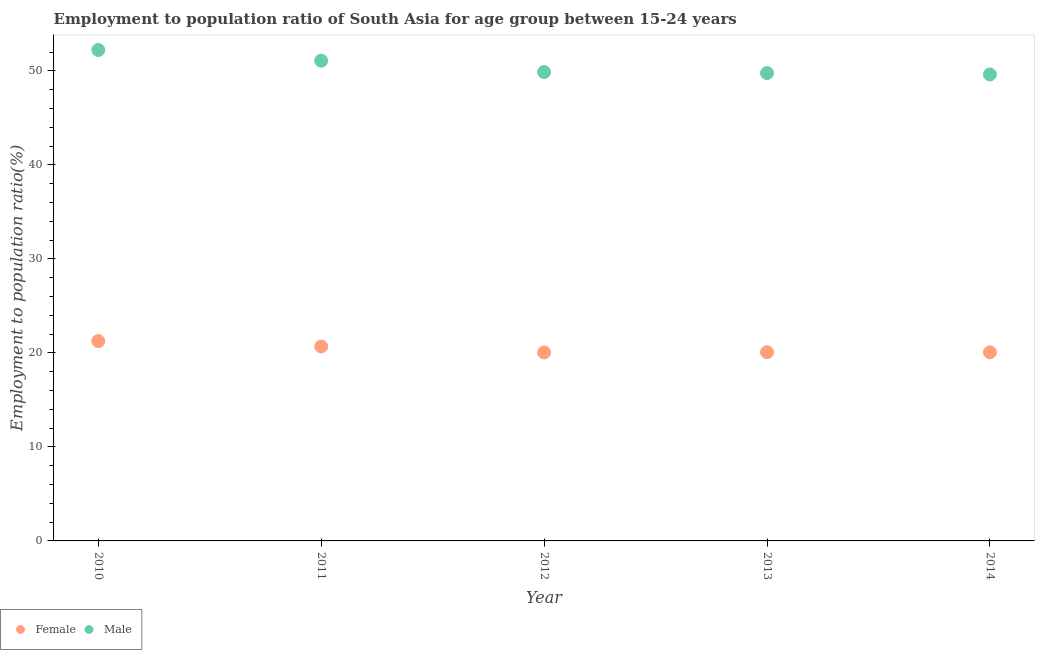
| Year | Female | Male |
 | --- | --- | --- |
 | 2010 | 21.3 | 52.2 |
 | 2011 | 20.7 | 51.1 |
 | 2012 | 20 | 49.9 |
 | 2013 | 20.1 | 49.8 |
 | 2014 | 20.1 | 49.6 |